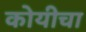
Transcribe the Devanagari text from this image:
कोयीचा